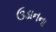
ઉડાનના